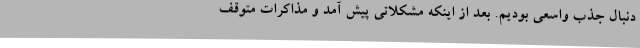
دنبال جذب واسعی بودیم. بعد از اینکه مشکلاتی پیش آمد و مذاکرات متوقف